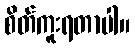
စိတ်ကူးရတာပါ။